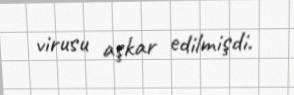
virusu aşkar edilmişdi.